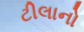
ટીલાનો